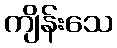
ကျိန်းသေ